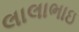
લાલાભાઇ